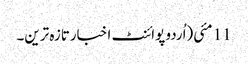
11 مئی(اُردو پوائنٹ اخبارتازہ ترین۔